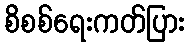
စိစစ်ရေးကတ်ပြား